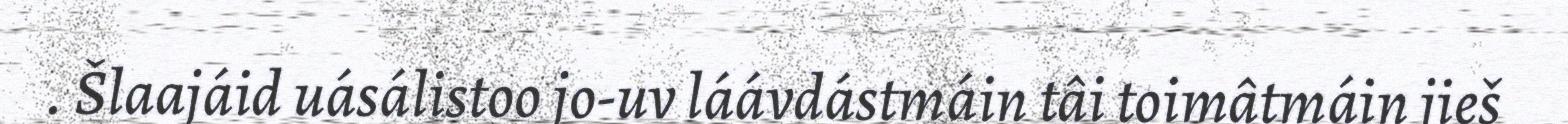
. Šlaajáid uásálistoo jo-uv láávdástmáin tâi toimâtmáin jieš